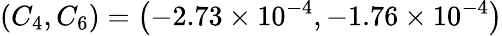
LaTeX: \left(C_{4},C_{6}\right)=\left(-2.73\times 10^{-4},-1.76\times 10^{-4}\right)